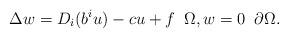
LaTeX: \begin{align*}\Delta w= D_i(b^i u)-cu +f\;\;\Omega,w=0 \;\;\partial\Omega.\end{align*}